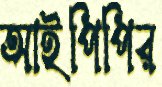
আইপিপির